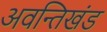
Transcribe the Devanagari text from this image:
अवन्तिखंड